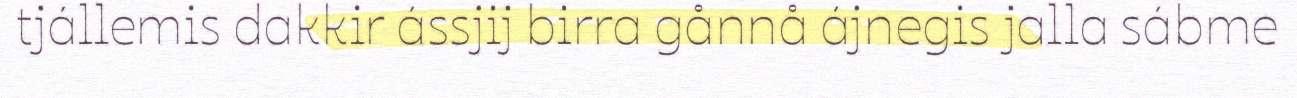
tjállemis dakkir ássjij birra gånnå ájnegis jalla sábme